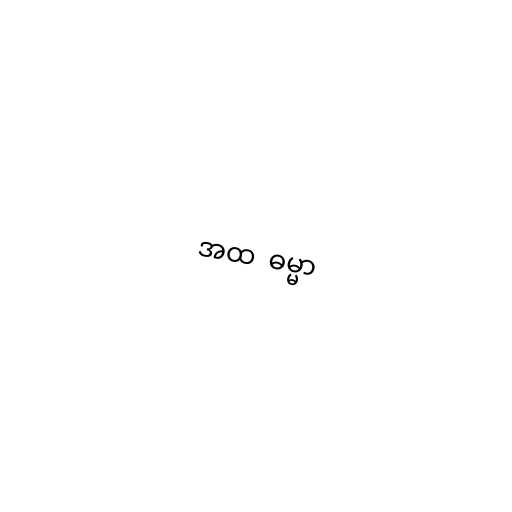
အထ  ဓမ္မာ